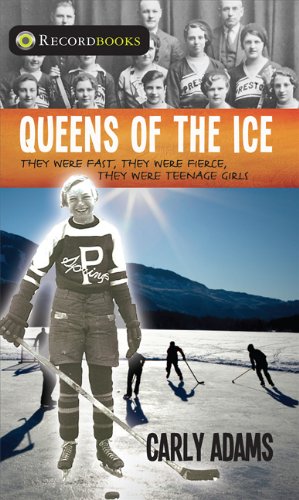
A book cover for Queens of the Ice (Lorimer Recordbooks); Carly Adams; Teen & Young Adult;